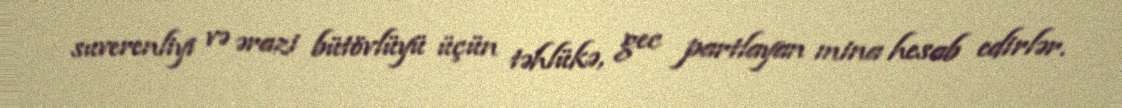
suverenliyi və ərazi bütövlüyü üçün təhlükə, gec partlayan mina hesab edirlər.